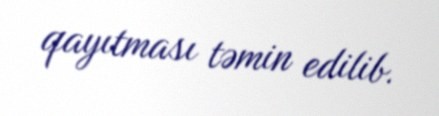
qayıtması təmin edilib.